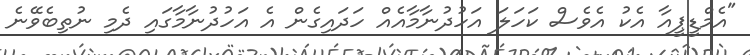
"އެމްޑީޕީއާ އެކު އެވެސް ކަހަލަ އަހުދުނާމާއެއް ހަދައިގެން އެ އަހުދުނާމާގައި ދެމި ނުތިބެވޭނެ